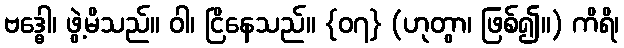
ဗဒ္ဓေါ၊ ဖွဲ့မိသည်။ ဝါ၊ ငြိနေသည်။ {၀၇} (ဟုတွာ၊ ဖြစ်၍။) ကိရိ၊